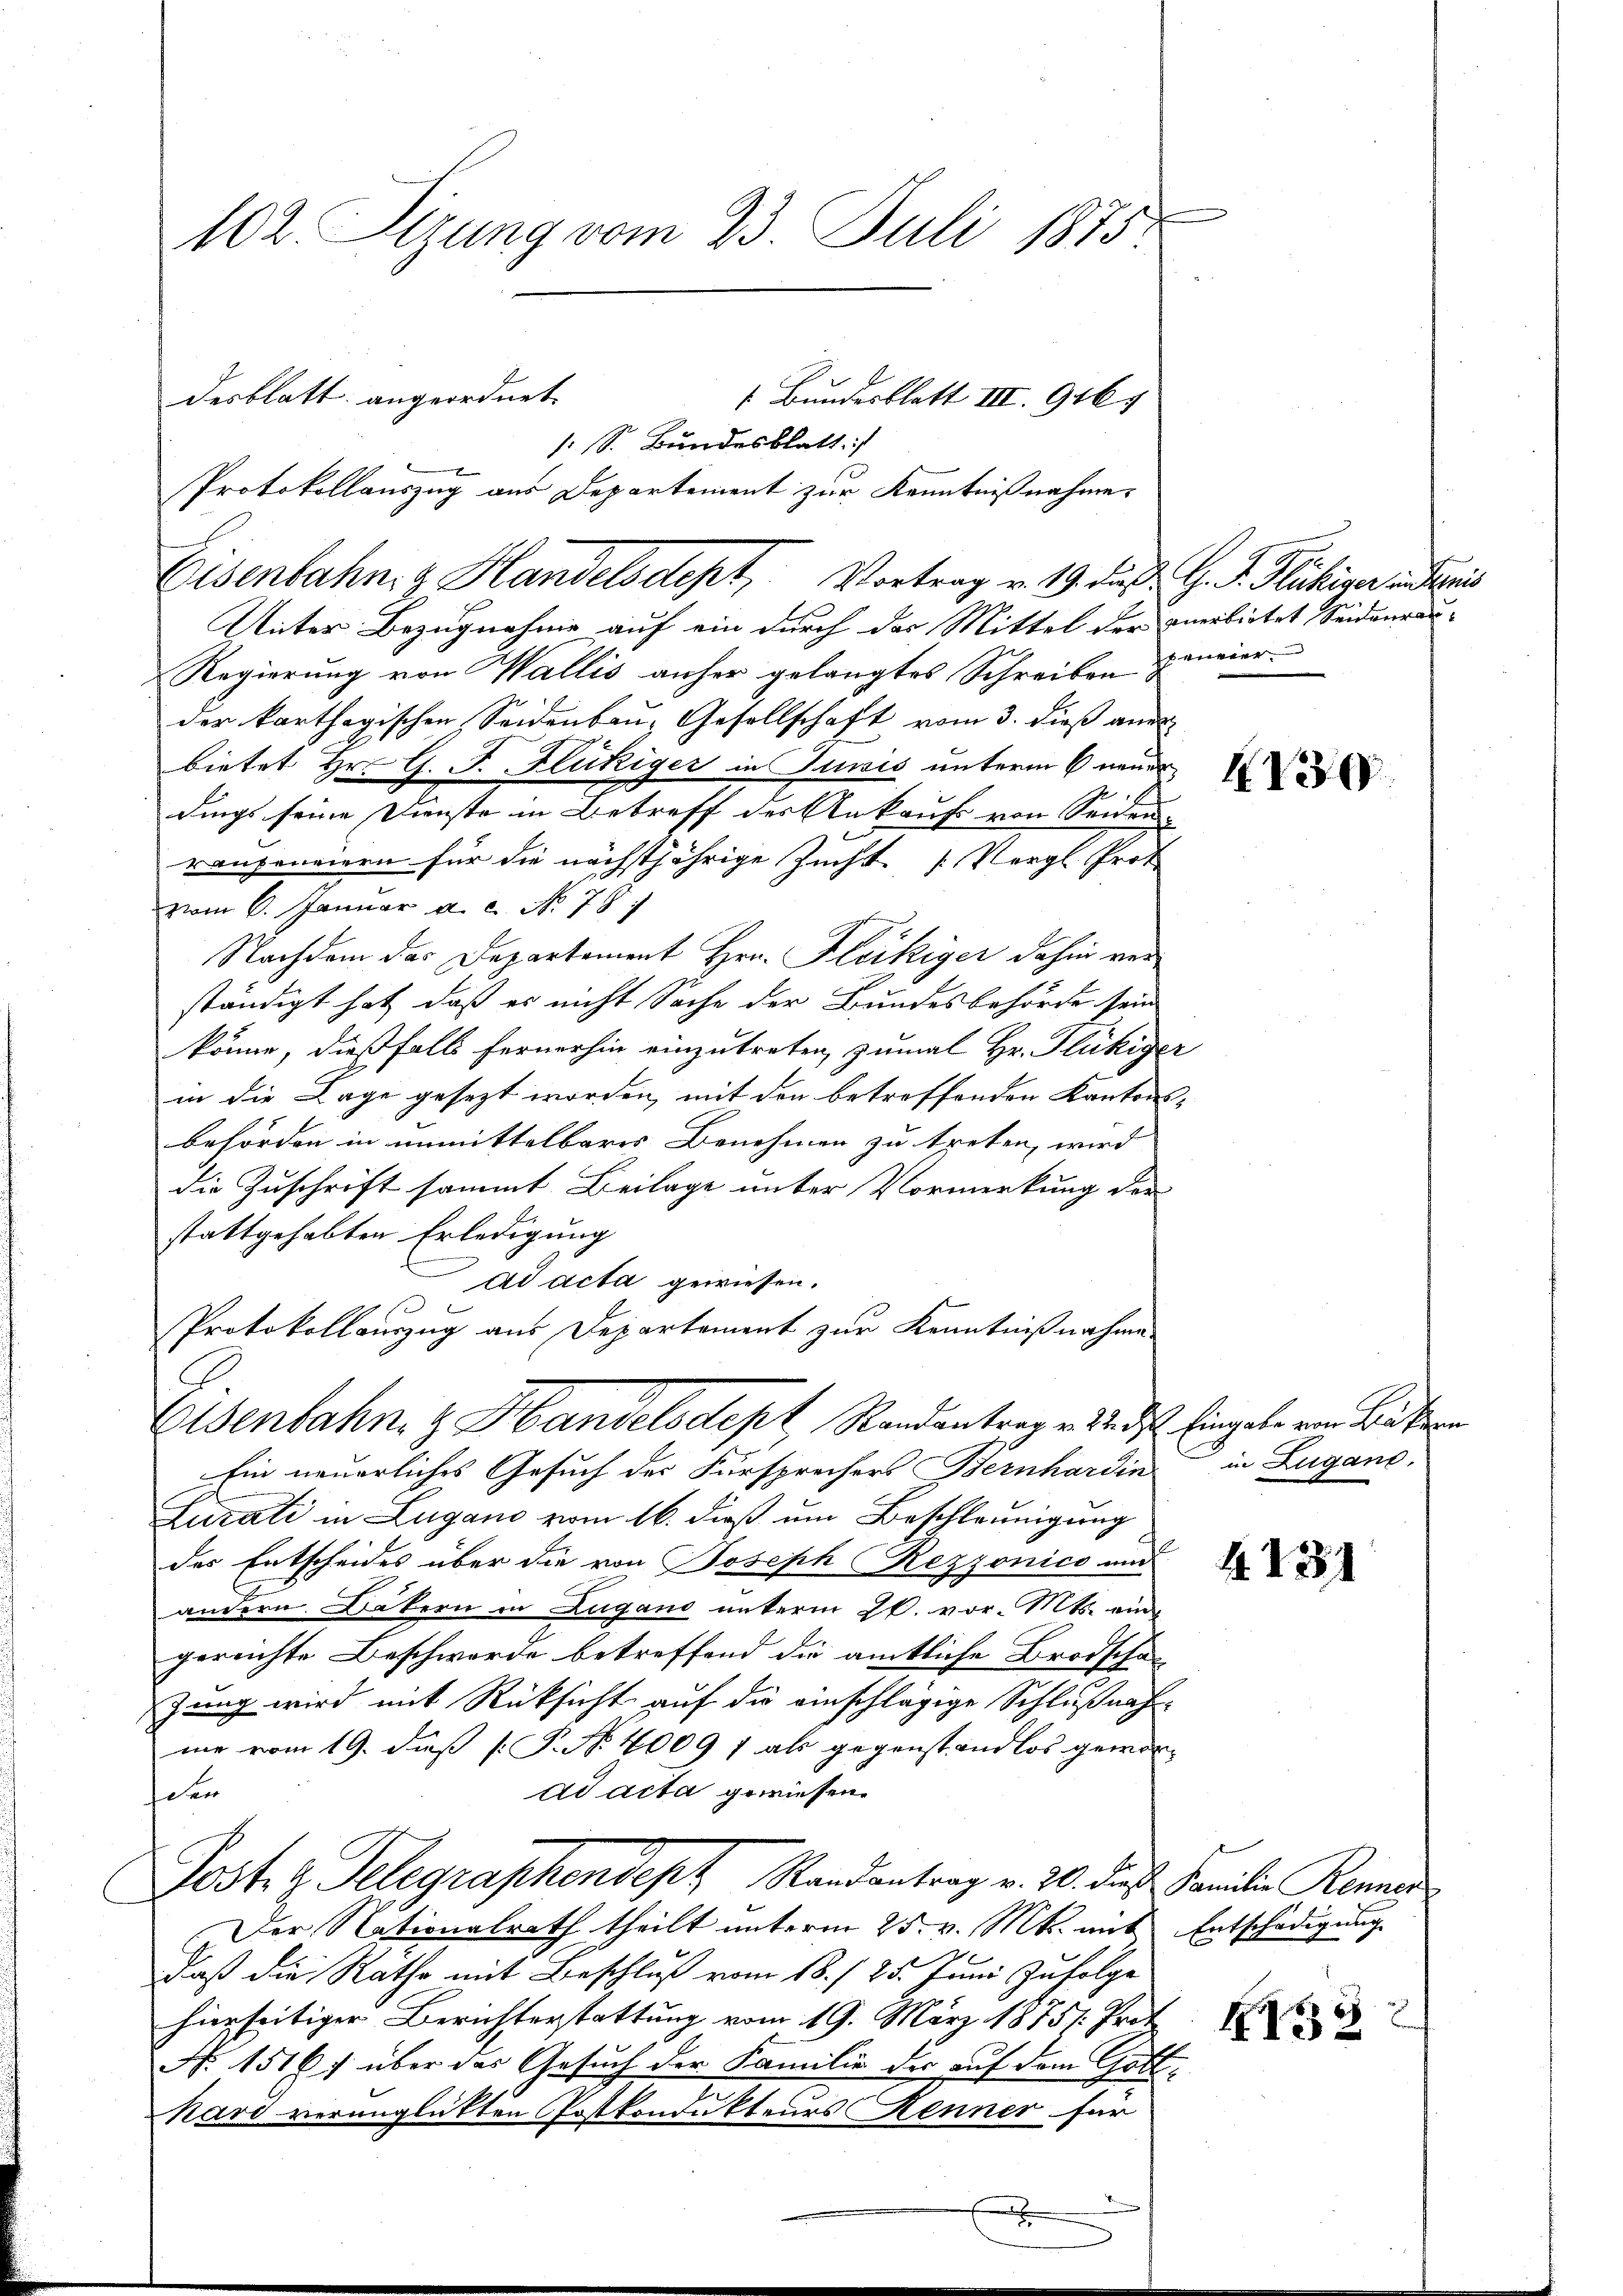
102. Sizung vom 23. Juli 1875.
desblatt angeordnet.

Unter Bezugnahme auf ein durch das Mittel der verbietet Seidenrau¬
Regierung von Wallis anher gelangtes Schreiben zweierder karthogischen Seidenbau, Gesellschaft vom 3. dieß aner
bietet Hr. G. J. Flückiger in Jursis unterm 6 neues
dings seine Dienste in Betreff des Ankauf von Seiden
raupeneiern für die nächstjährige Zucht [Vergl. Prot
vom 6. Januar a. c. No. 787
Nachdem das Departement Hrn. Fleckiger dahin verständigt hat, daß es nicht Sache der Bundesbehörde sein
könne, dießfalls fernerhin einzutreten, zumal Hr. Flückige
in die Lage gesezt worden, mit den betreffenden Kantons
behörden in unmittelbarer Benehmen zu treten, wird
die Zuschrift sammt Beilage unter Vormerkung der
stattgehabten Erledigung
ad acta gewiesen.
Protokollauszug aus Departement zur Kenntnißnahme
Eisenbahn, z. Handelsdept, Randantrag e n ds Eingabe von Bäker
Ein neuerliches Gesuch des Fürsprechers Bernhardin in Lugano,
Zurati in Lugano vom 16. dieß um Beschleunigung
des Entscheides über die von Joseph Rezzonico aus
andern Bäkern in Lugano unterm 26. vor. Mts. ein
gereichte Beschwerde betreffend die amtliche Brodschaf-
zung wird mit Rücksicht auf die einschlägige Schlußnahme vom 19. daß P. Nr. 4009 f als gegenstandlos gewor
ad acta gewiesen.
schen
Post. z. Telegraphendept Randantrag v. 20. die Familie Renner
Der Nationalrath theilt unterm 25. v. Mts. mit
daß die Rathe mit Beschluß vom 18. / 25. Juni zufolge
hierseitiger Berichterstattung vom 19. März 18751. Prot
No. 1516. über das Gesuch der Familie der auf dem Gottkard verunglückten Postkondukteurs Kenner für

: S. Bundesblatt
Protokollauszug aus Departement zur Kenntnißnahme
Eisenbahn & Handelsdept, Vortrag v. 19. d. G. P. Fähiger is

Bundesblatt III. 916.

4

4130

4. 231

Entschädigung

4153